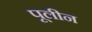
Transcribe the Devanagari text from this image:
पूलीन